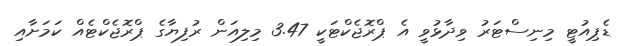
ޑެޕިއުޓީ މިނިސްޓަރު ވިދާޅުވީ އެ ޕްރޮޖެކްޓަކީ 3.47 މިލިއަން ރުފިޔާގެ ޕްރޮޖެކްޓެއް ކަމަށާއި